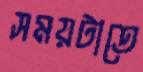
সময়টাতে